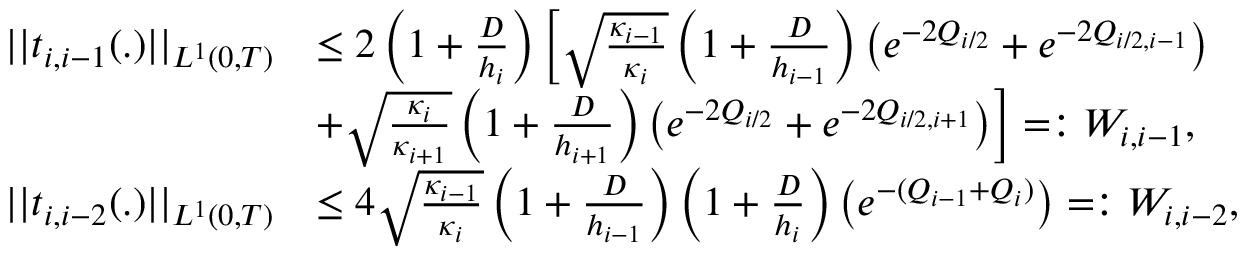
\begin{array} { r l } { | | t _ { i , i - 1 } ( . ) | | _ { L ^ { 1 } ( 0 , T ) } } & { \leq 2 \left( 1 + \frac { D } { h _ { i } } \right) \left[ \sqrt { \frac { \kappa _ { i - 1 } } { \kappa _ { i } } } \left( 1 + \frac { D } { h _ { i - 1 } } \right) \left( e ^ { - 2 Q _ { i / 2 } } + e ^ { - 2 Q _ { i / 2 , i - 1 } } \right) \right. } \\ & { \left. \kern - \nulldelimiterspace + \sqrt { \frac { \kappa _ { i } } { \kappa _ { i + 1 } } } \left( 1 + \frac { D } { h _ { i + 1 } } \right) \left( e ^ { - 2 Q _ { i / 2 } } + e ^ { - 2 Q _ { i / 2 , i + 1 } } \right) \right] = : W _ { i , i - 1 } , } \\ { | | t _ { i , i - 2 } ( . ) | | _ { L ^ { 1 } ( 0 , T ) } } & { \leq 4 \sqrt { \frac { \kappa _ { i - 1 } } { \kappa _ { i } } } \left( 1 + \frac { D } { h _ { i - 1 } } \right) \left( 1 + \frac { D } { h _ { i } } \right) \left( e ^ { - ( Q _ { i - 1 } + Q _ { i } ) } \right) = : W _ { i , i - 2 } , } \end{array}